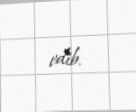
edib.